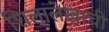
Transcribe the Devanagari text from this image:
शिलालेखाची